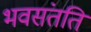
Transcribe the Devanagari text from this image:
भवसंतति